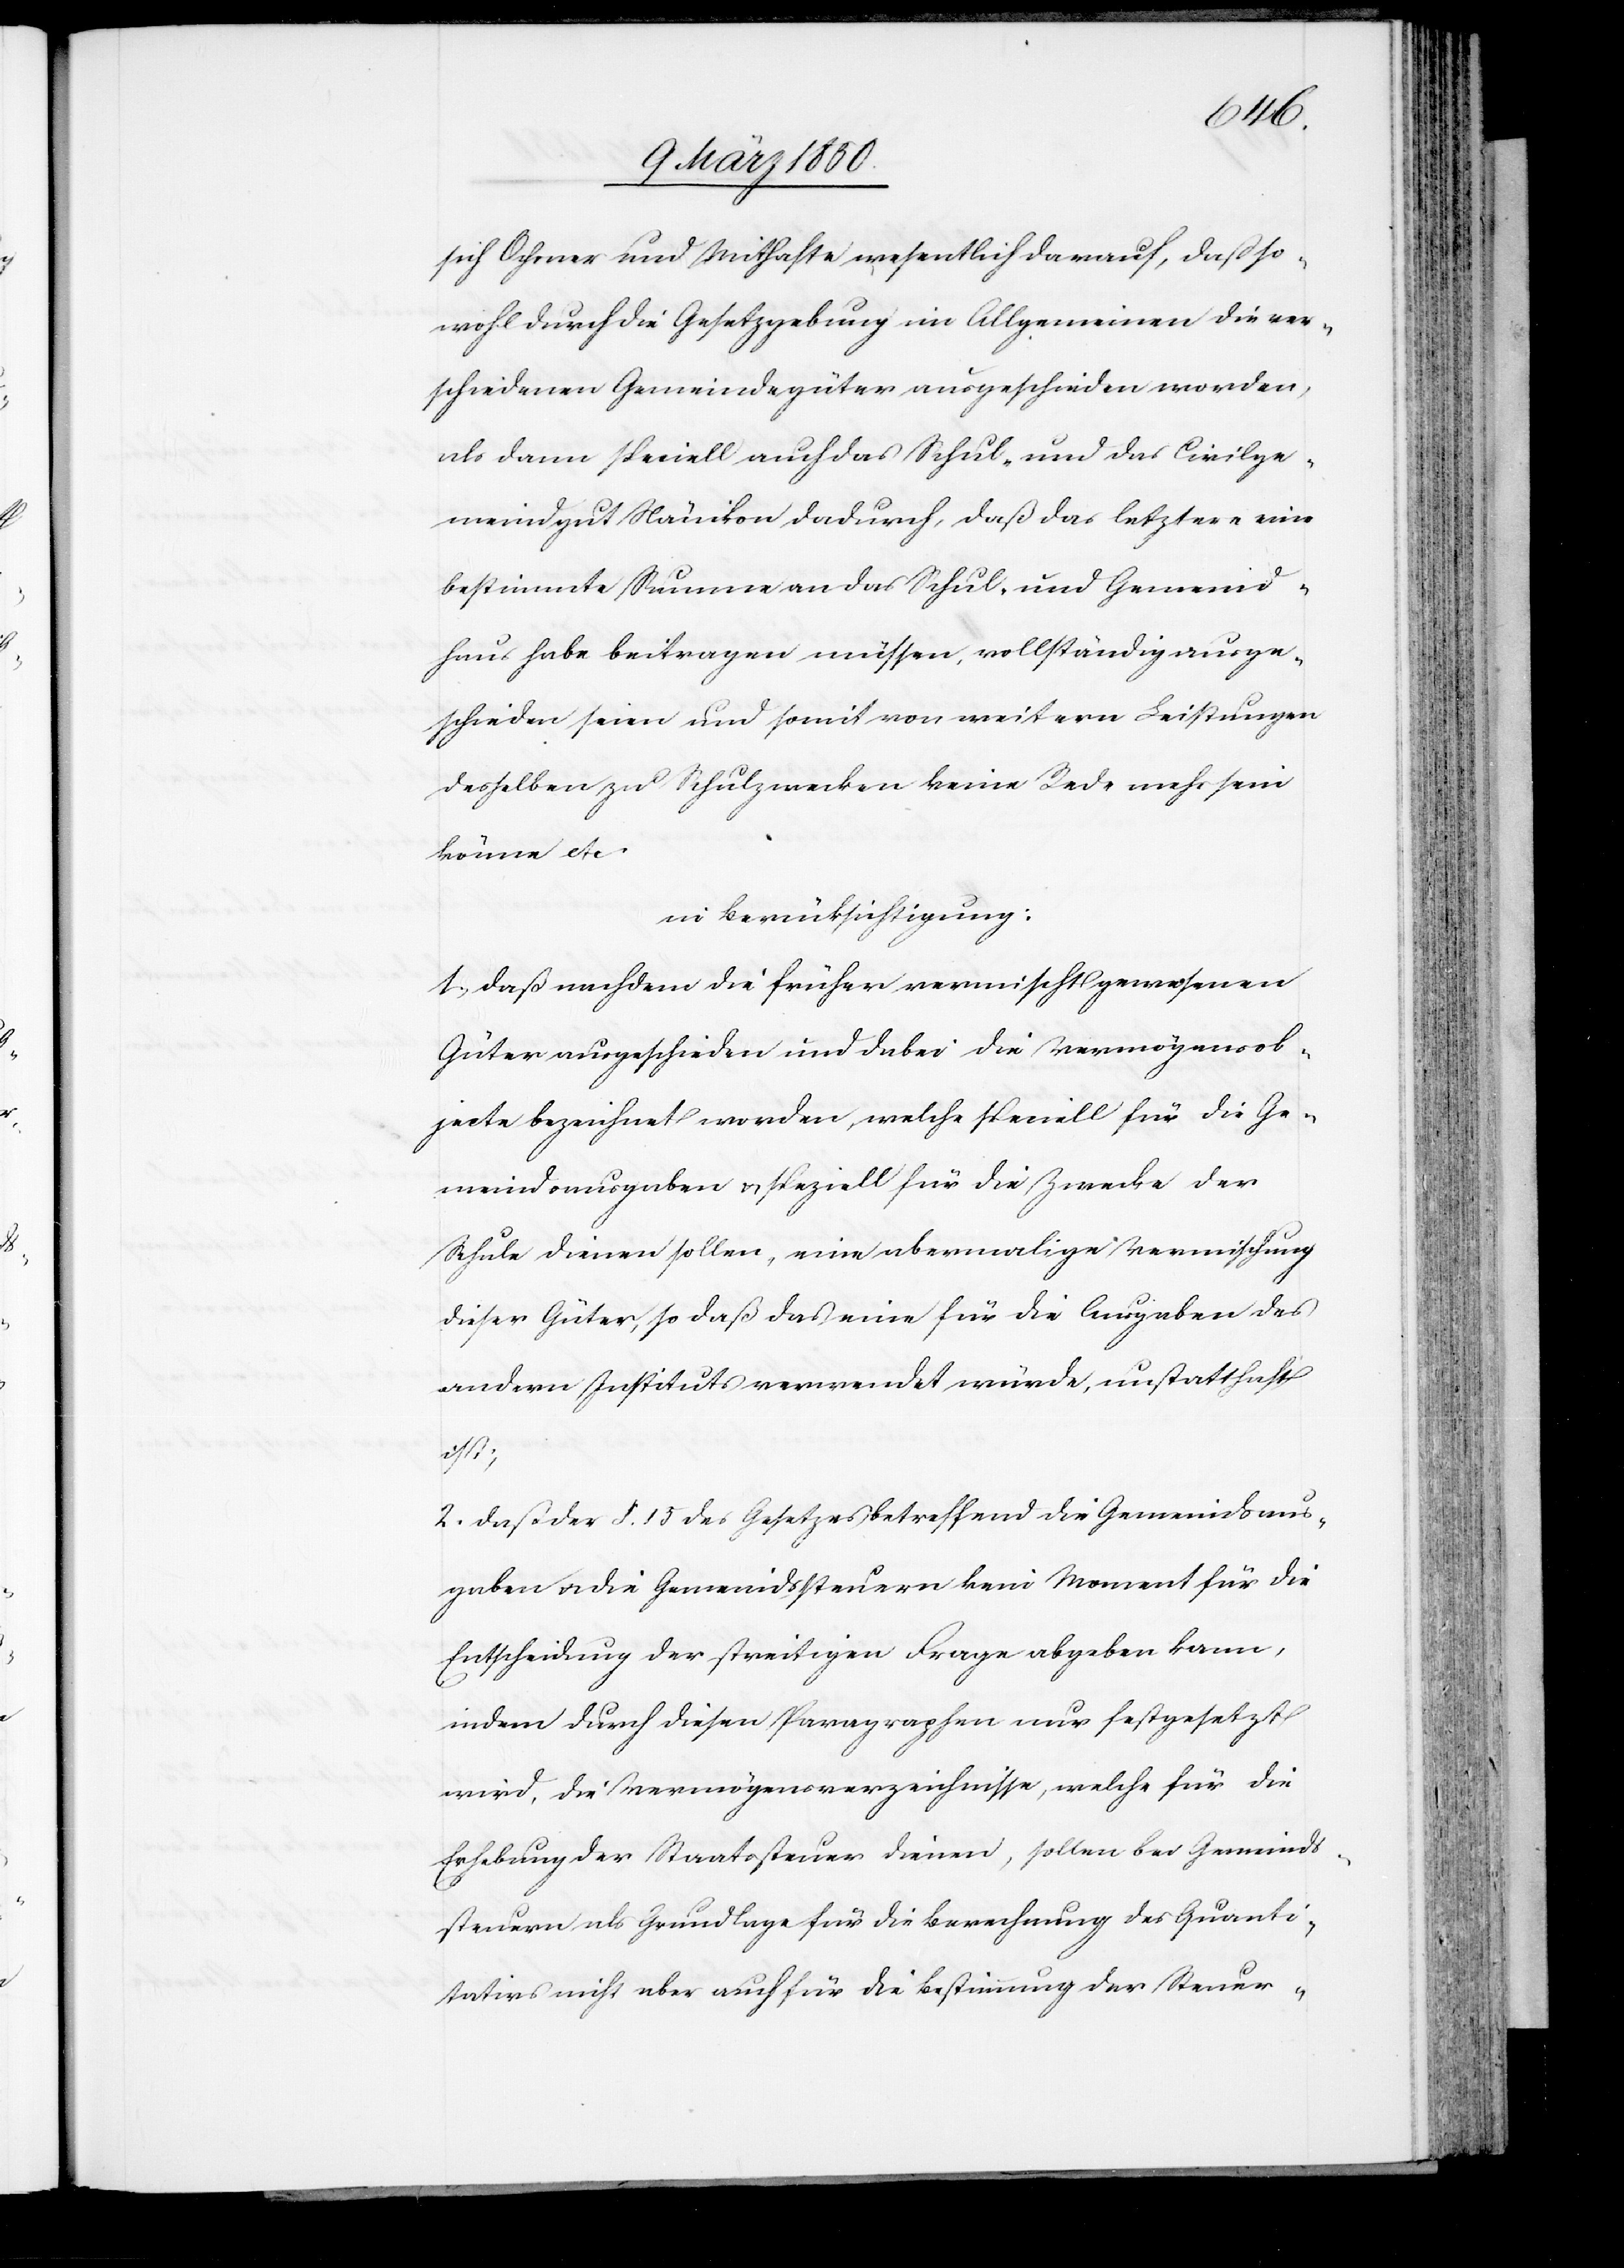
sich Ochsner und Mithafte wesentlich darauf, daß so¬
wohl durch die Gesetzgebung im Allgemeinen die ver¬
schiedenen Gemeindegüter ausgeschieden worden,
als dann speciell auch das Schul- und das Civilge¬
meindgut Nänikon dadurch, daß das letztere eine
bestimmte Summe an das Schul- und Gemeind¬
haus habe beitragen müssen, vollständig ausge¬
schieden seien und somit von weitern Leistungen
desselben zu Schulzwecken keine Rede mehr sein
könne etc.
in Berücksichtigung:
1. daß nachdem die früher vermischt gewesenen
Güter ausgeschieden und dabei die Vermögensob¬
jecte bezeichnet worden, welche speciell für die Ge¬
meindsausgaben u. speziell für die Zwecke der
Schule dienen sollen, eine abermalige Vermischung
dieser Güter, so daß das eine für die Ausgaben des
andern Instituts verwendet würde, unstatthaft
ist;
2. daß der §. 15 des Gesetzes betreffend die Gemeindsaus¬
gaben u. die Gemeindssteuern kein Moment für die
Entscheidung der streitigen Frage abgeben kann,
indem durch diesen Paragraphen nur festgesetzt
wird, die Vermögensverzeichnisse, welche für die
Erhebung der Staatssteuer dienen, sollen bei Gemeinds¬
steuern als Grundlage für die Berechnung des Quanti¬
tativs nicht aber auch für die Bestimmung der Steuer-